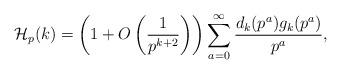
LaTeX: \begin{align*}\mathcal{H}_p(k)= \left(1 + O\left(\frac{1}{p^{k+2}}\right)\right)\sum_{a=0}^{\infty} \frac{d_k(p^a)g_k(p^a)}{p^a},\end{align*}